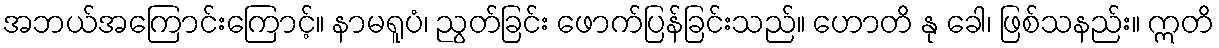
အဘယ်အကြောင်းကြောင့်။ နာမရူပံ၊ ညွတ်ခြင်း ဖောက်ပြန်ခြင်းသည်။ ဟောတိ နု ခေါ၊ ဖြစ်သနည်း။ ဣတိ